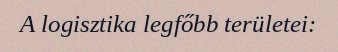
A logisztika legfőbb területei: